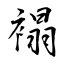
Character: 褟